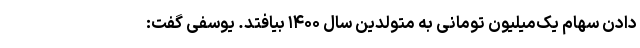
دادن سهام یک‌میلیون تومانی به متولدین سال ۱۴۰۰ بیافتد. یوسفی گفت: